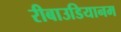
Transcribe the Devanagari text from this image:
रीबाउडियानम